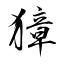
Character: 獐